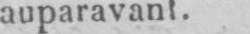
auparavant.